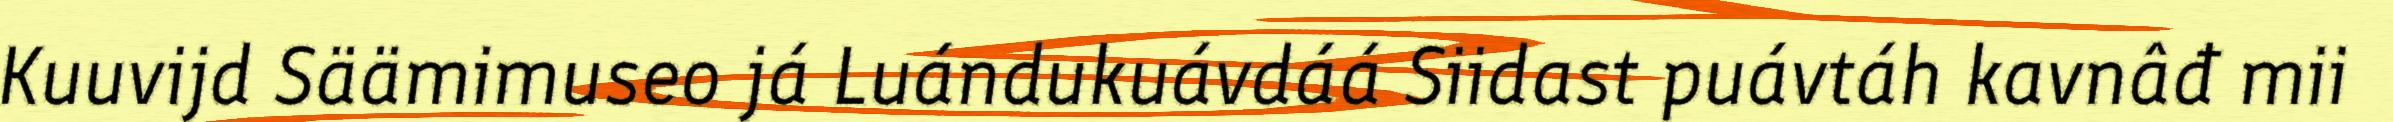
Kuuvijd Säämimuseo já Luándukuávdáá Siidast puávtáh kavnâđ mii